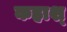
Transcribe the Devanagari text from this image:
कहाश्